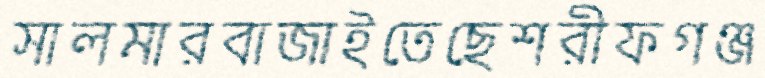
সালমারবাজাইতেছেশরীফগঞ্জ